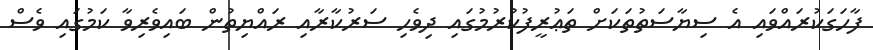
ފާހަގަކުރައްވައި އެ ސިޔާސަތުތަކަށް ތަޢުރީފުކުރުމުގައި ދިވެހި ސަރުކާރާއި ރައްޔިތުން ބައިވެރިވާ ކަމުގައި ވެސް